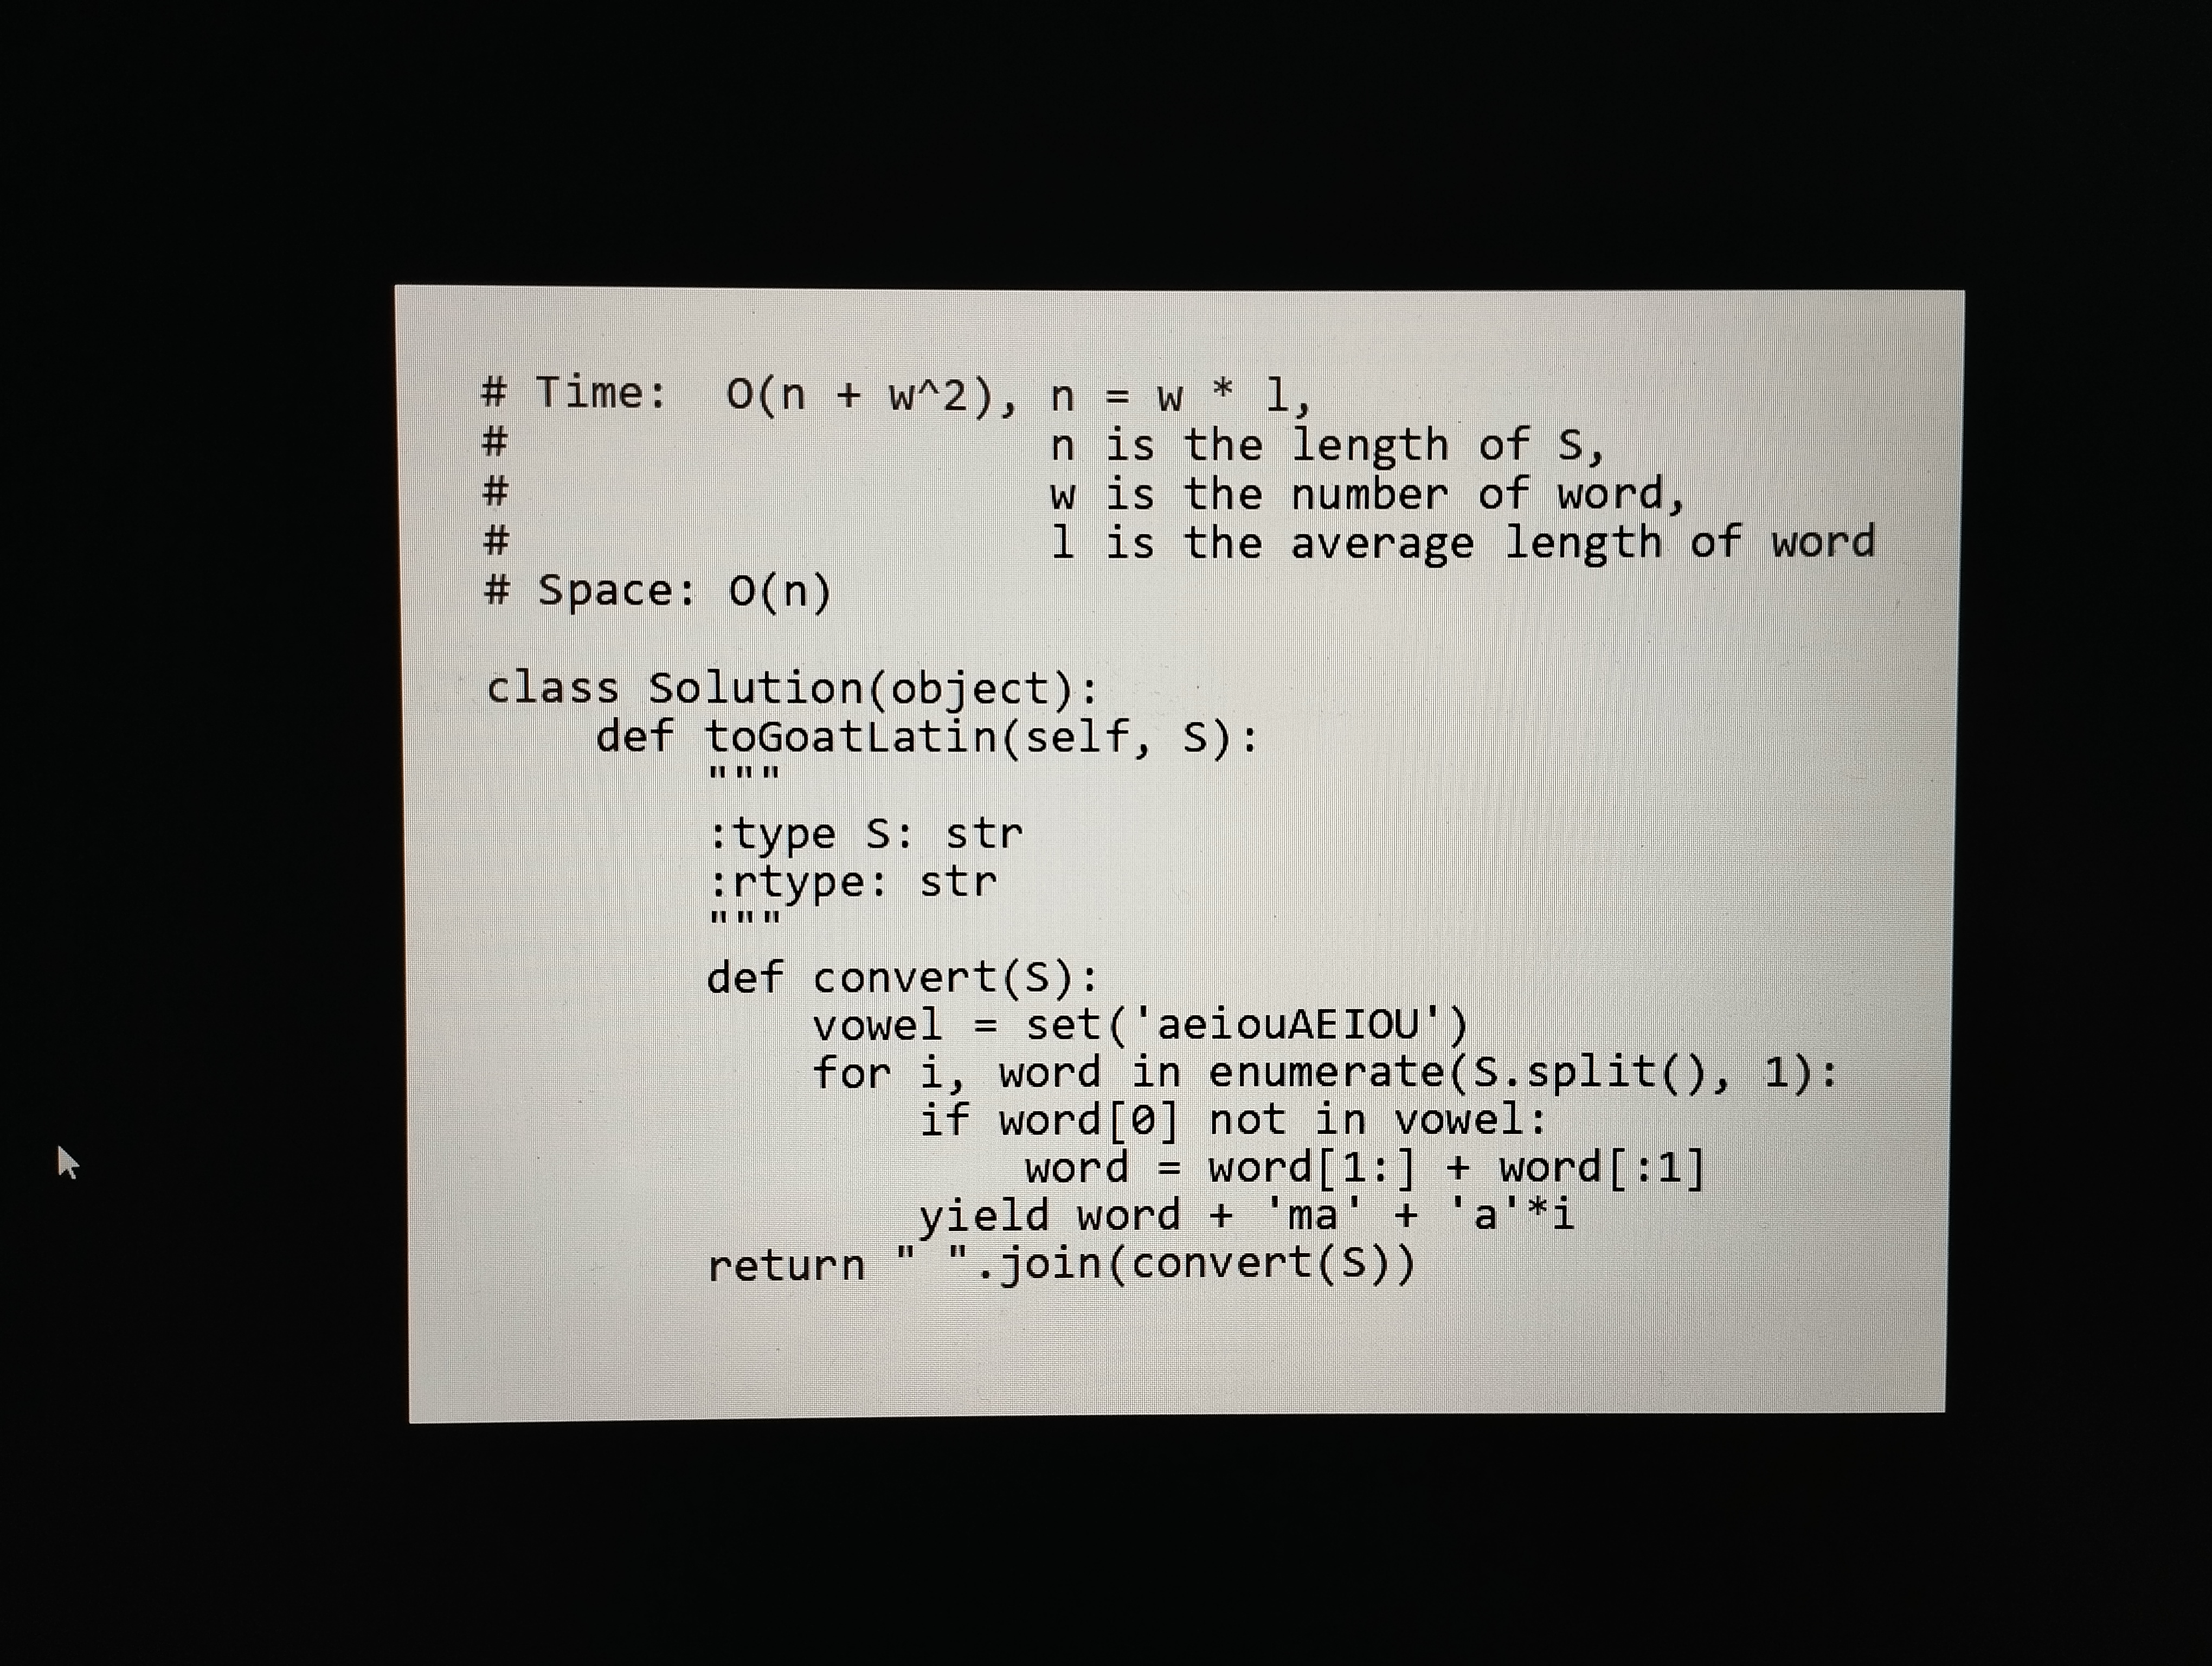
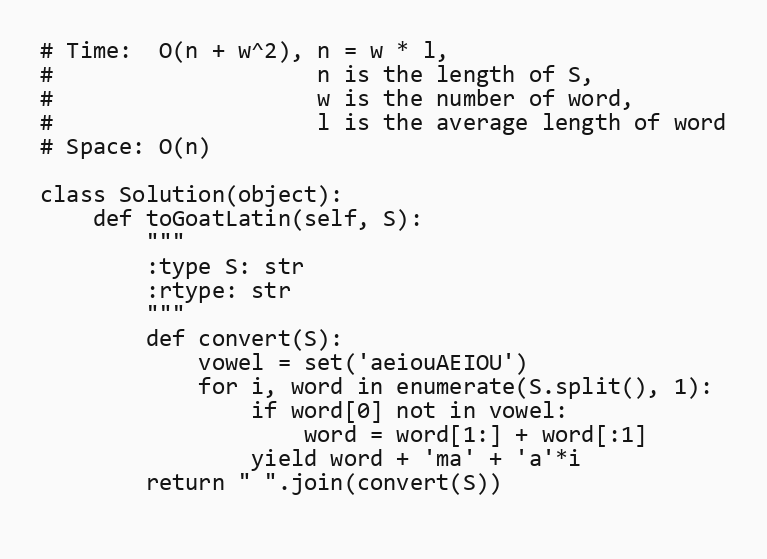
# Time:  O(n + w^2), n = w * l,
#                    n is the length of S,
#                    w is the number of word,
#                    l is the average length of word
# Space: O(n)

class Solution(object):
    def toGoatLatin(self, S):
        """
        :type S: str
        :rtype: str
        """
        def convert(S):
            vowel = set('aeiouAEIOU')
            for i, word in enumerate(S.split(), 1):
                if word[0] not in vowel:
                    word = word[1:] + word[:1]
                yield word + 'ma' + 'a'*i
        return " ".join(convert(S))